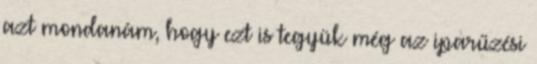
azt mondanám, hogy ezt is tegyük még az iparűzési